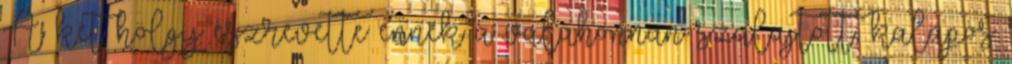
A két hölgy észrevette ennek a valahonnan szalajtott, kalapos